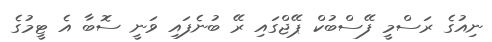
ނިއުގެ ރަސްމީ ފޭސްބުކް ޕޭޖްގައި ރޭ ބުނެފައި ވަނީ ސޮބާ އެ ޓީމުގެ